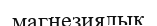
магнезиялық